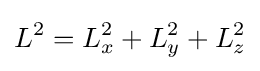
L^{2}=L_{x}^{2}+L_{y}^{2}+L_{z}^{2}